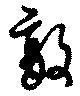
敵